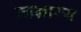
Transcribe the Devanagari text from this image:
माम्राज्य